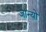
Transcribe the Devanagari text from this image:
जान्यो